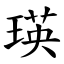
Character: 瑛